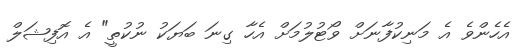
އެހެންވެ އެ މަނިކުފާނަށް ވޯޓުލުމަށް އެހާ ގިނަ ބަޔަކު ނުކުތީ" އެ އޮފިޝަލް